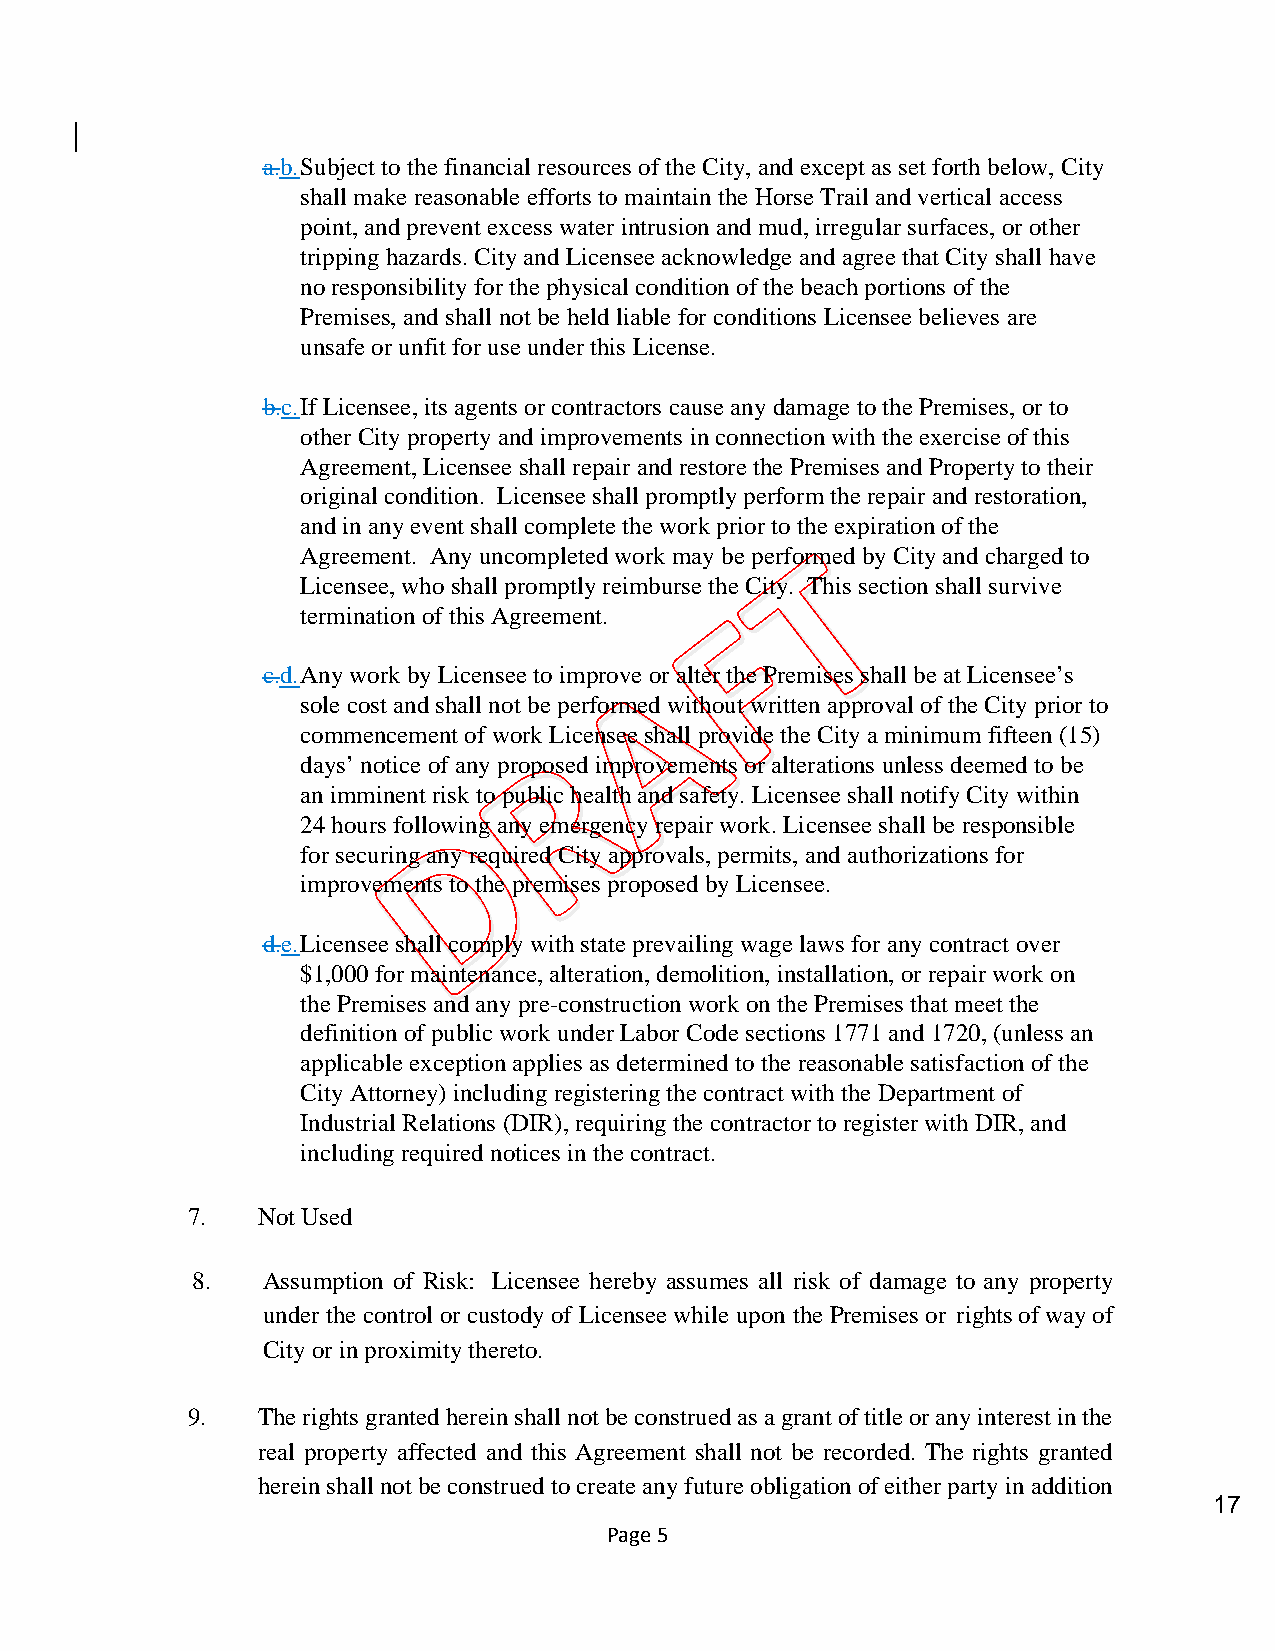
a.b. Subject to the financial resources of the City, and except as set forth below, City
 shall make reasonable efforts to maintain the Horse Trail and vertical access
 point, and prevent excess water intrusion and mud, irregular surfaces, or other
 tripping hazards. City and Licensee acknowledge and agree that City shall have
 no responsibility for the physical condition of the beach portions of the
 Premises, and shall not be held liable for conditions Licensee believes are
 unsafe or unfit for use under this License.
 b.c. If Licensee, its agents or contractors cause any damage to the Premises, or to
 other City property and improvements in connection with the exercise of this
 Agreement, Licensee shall repair and restore the Premises and Property to their
 original condition. Licensee shall promptly perform the repair and restoration,
 and in any event shall complete the work prior to the expiration of the
 Agreement. Any uncompleted work may be performed by City and charged to
 Licensee, who shall promptly reimburse the City. This section shall survive
 termination of this Agreement.
 c.d. Any work by Licensee to improve or alter the Premises shall be at Licensee’s
 sole cost and shall not be performed without written approval of the City prior to
 commencement of work Licensee shall provide the City a minimum fifteen (15)
 days’ notice of any proposed improvements or alterations unless deemed to be
 an imminent risk to public health and safety. Licensee shall notify City within
 24 hours following any emergency repair work. Licensee shall be responsible
 for securing any required City approvals, permits, and authorizations for
 improvements to the premises proposed by Licensee.
 d.e. Licensee shall comply with state prevailing wage laws for any contract over
 $1,000 for maintenance, alteration, demolition, installation, or repair work on
 the Premises and any pre-construction work on the Premises that meet the
 definition of public work under Labor Code sections 1771 and 1720, (unless an
 applicable exception applies as determined to the reasonable satisfaction of the
 City Attorney) including registering the contract with the Department of
 Industrial Relations (DIR), requiring the contractor to register with DIR, and
 including required notices in the contract.
 7.   Not Used
 8.  Assumption of Risk: Licensee hereby assumes all risk of damage to any property
 under the control or custody of Licensee while upon the Premises or rights of way of
 City or in proximity thereto.
 9.   The rights granted herein shall not be construed as a grant of title or any interest in the
 real property affected and this Agreement shall not be recorded. The rights granted
 herein shall not be construed to create any future obligation of either party in addition
 17
 Page 5